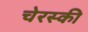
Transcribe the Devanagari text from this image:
चेरस्की